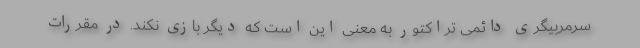
سرمربیگری دائمی تراکتور به معنی این است که دیگر بازی نکند. در مقررات